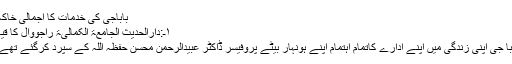
باباجی کی خدمات کا اجمالی خاکہ:
۱ـ:دارالحدیث الجامعۃ الکمالیۃ راجووال کا قیام
بابا جی اپنی زندگی میں اپنے ادارے کاتمام اہتمام اپنے ہونہار بیٹے پروفیسر ڈاکٹر عبیدالرحمن محسن حفظہ اللہ کے سپرد کرگئے تھے ۔